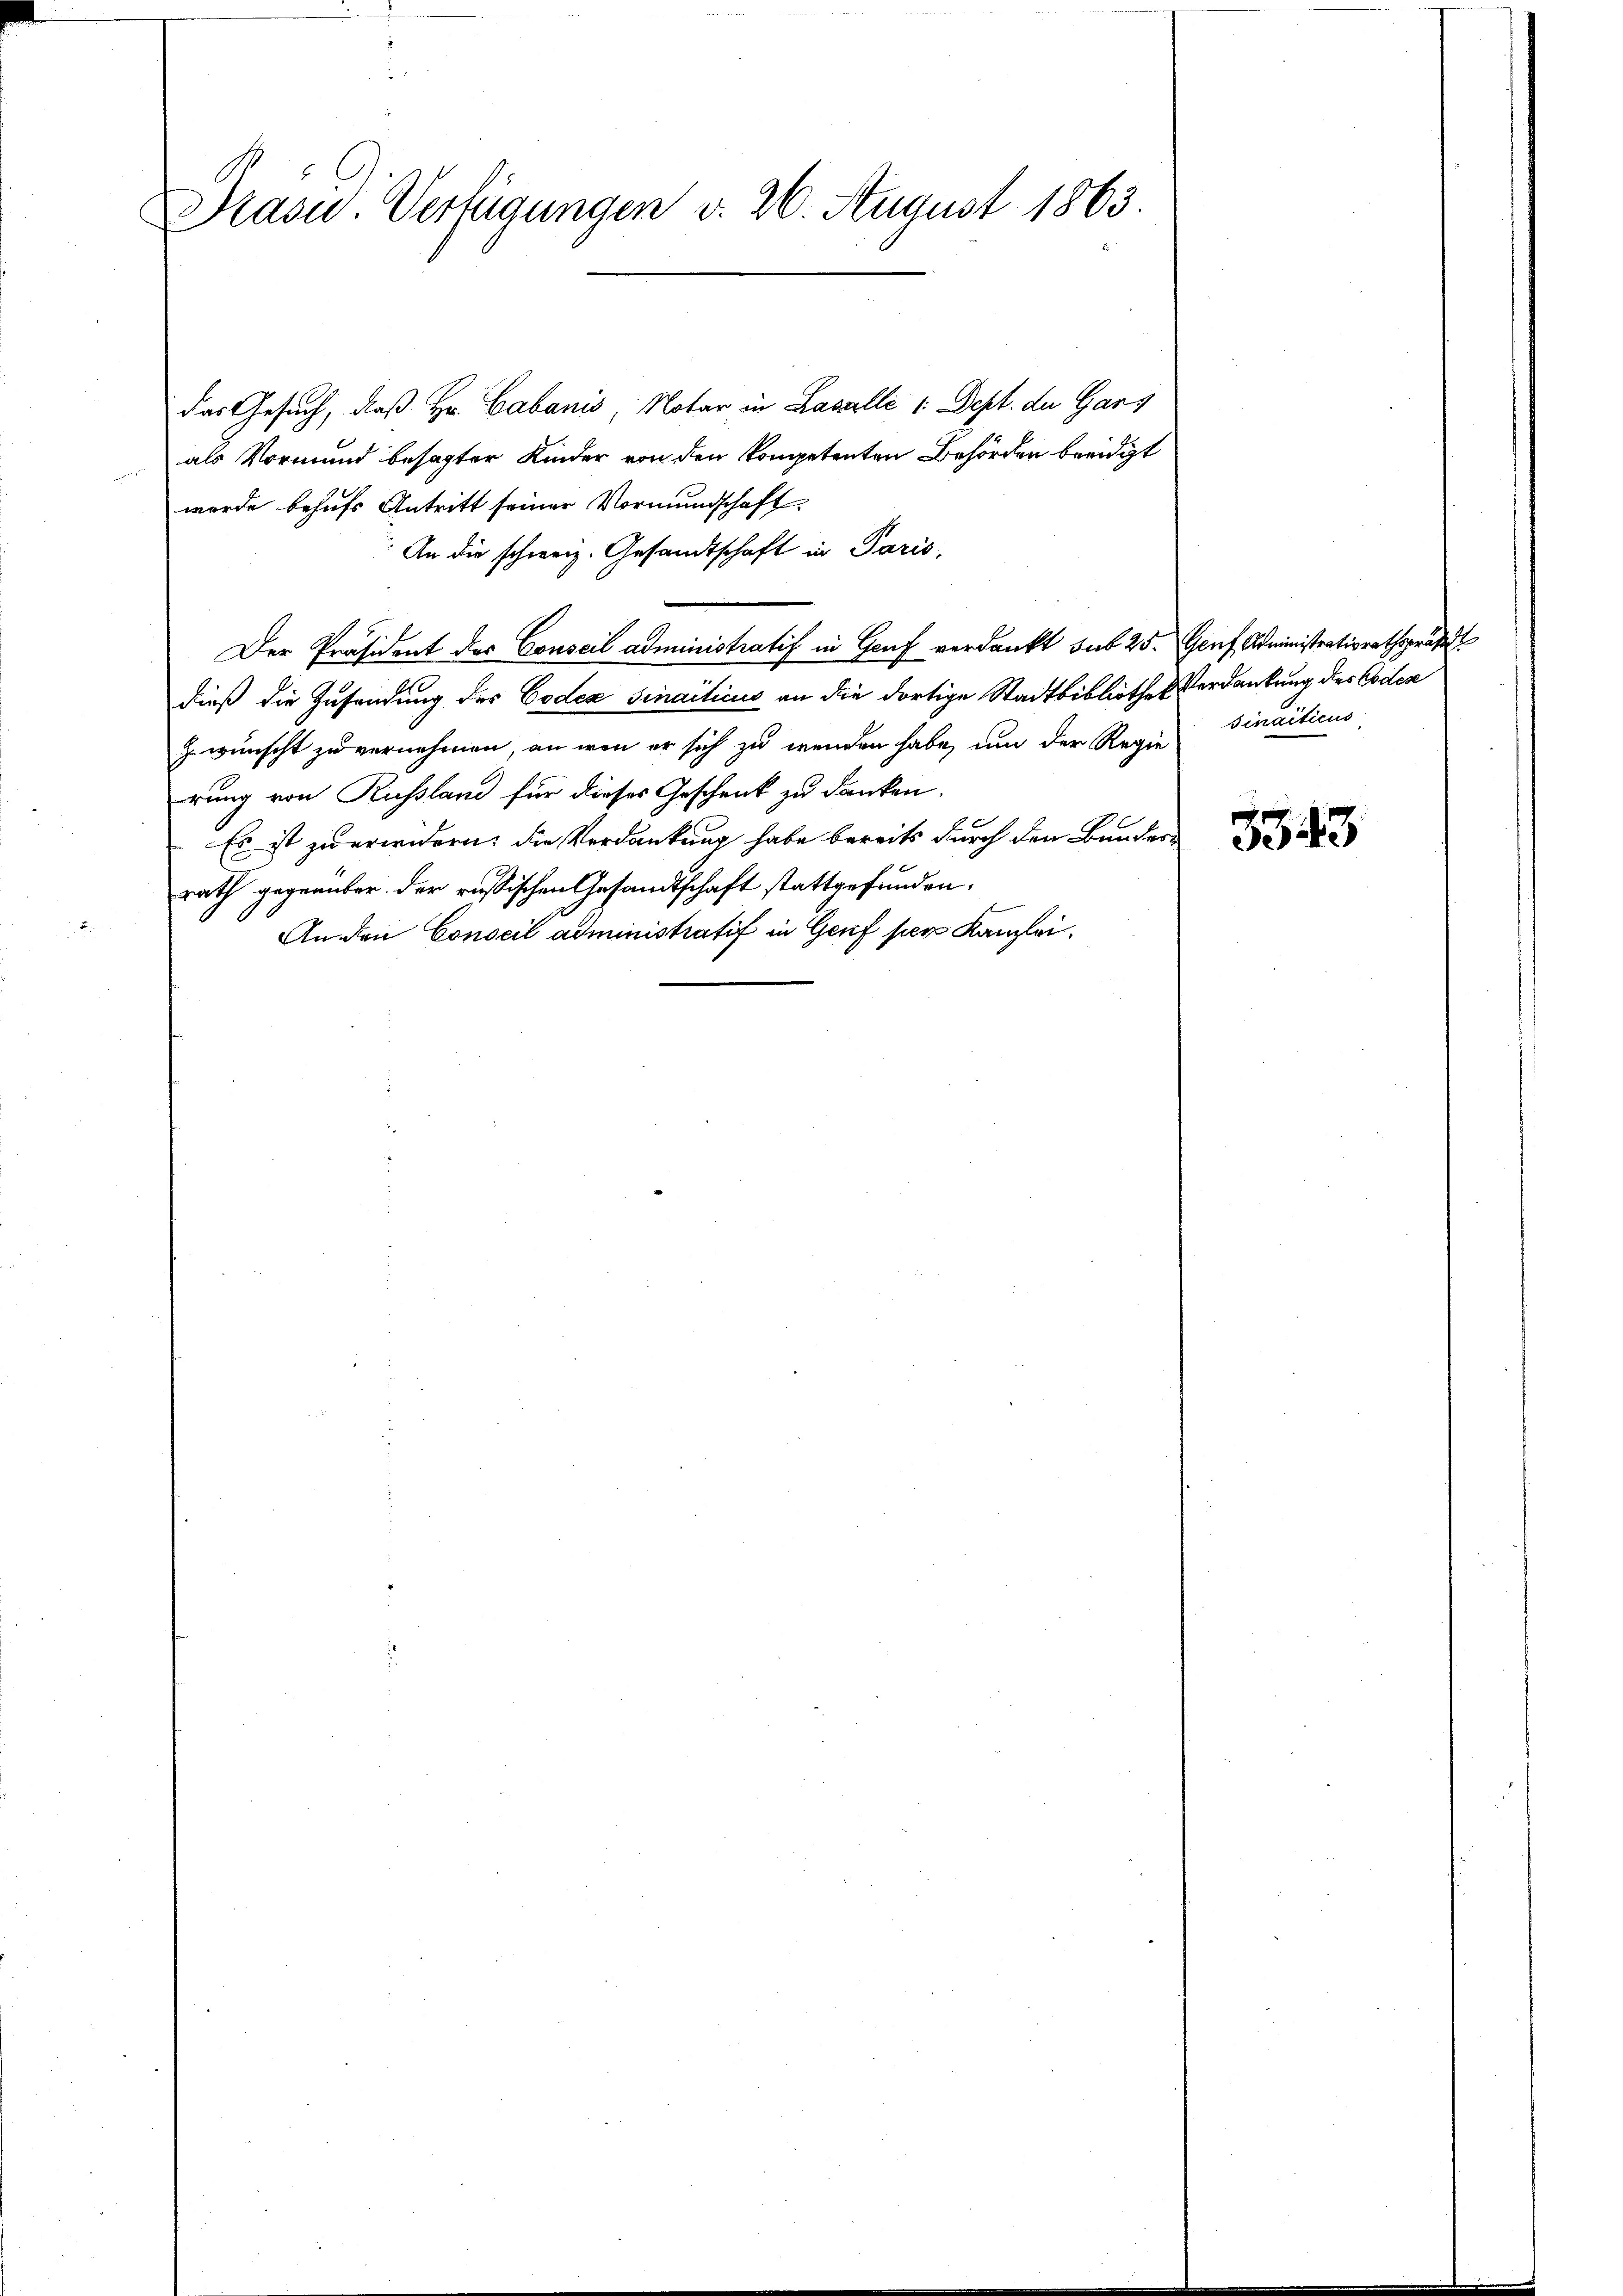
Masu. Verfügungen v. 26. August 1863.

das Gesuch, daß Hr. Labanis, Notar in Lasalle 1. Dept. der Gart
als Vormund besagter Kinder von den kompetenten Behörden beeidigt
wurde behufs Antritt seiner Vormundschaft.
An die schweiz. Gesandtschaft in Paris,
Der Präsident des Conseil administratif in Genf verdankt sub 25. Genf Administratiorathspräs
dieß die Zusendung des Codex Sinaiticus an die dortige Stadtbibliothek Verdankung des Codex
z wünscht zu vernehmen, an wenn er sich zu wenden habe, um der Regie
rung von Russland für dieses Geschenk zu danken.
Es ist zu erwidern: die Verdankung habe bereits durch den Bunders
rath gegenüber der russischen Gesandtschaft stattgefunden.
An den Conseil administratif in Genf per Kanzlei.

sinacticus

3543